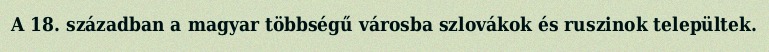
A 18. században a magyar többségű városba szlovákok és ruszinok települtek.